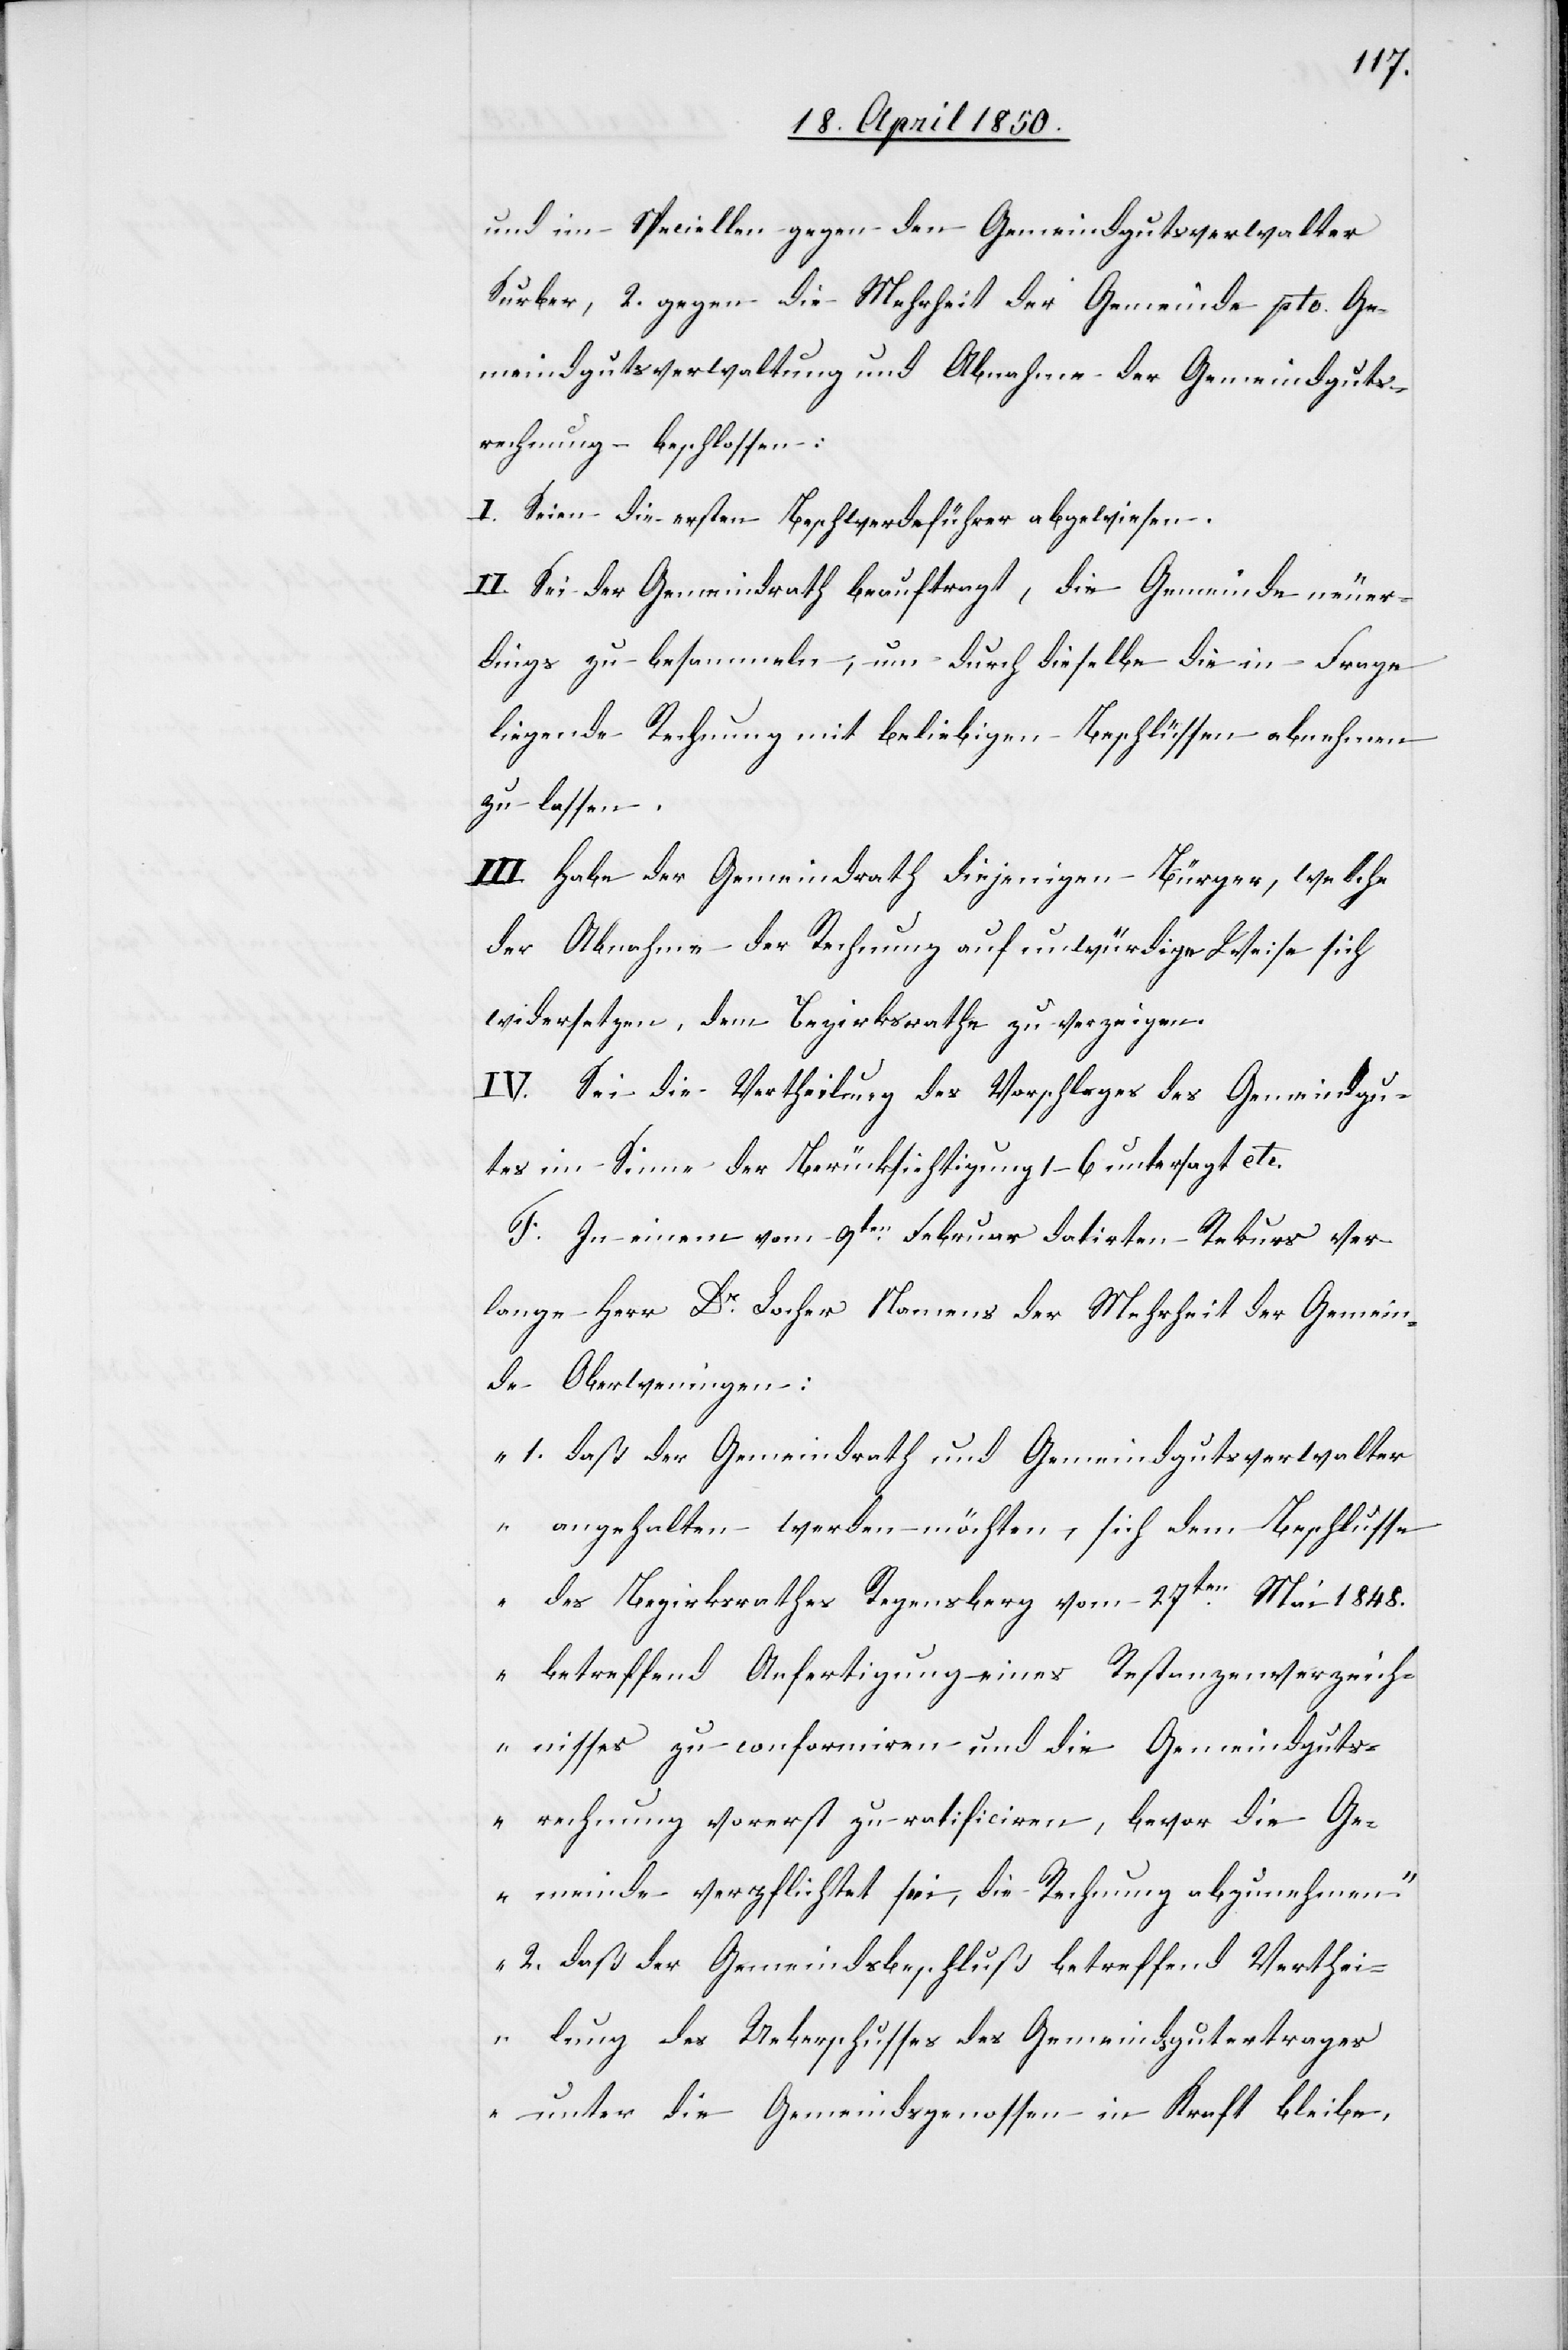
und im Speciellen gegen den Gemeindgutsverwalter
Surber, 2. gegen die Mehrheit der Gemeinde pto. Ge¬
meindgutsverwaltung und Abnahme der Gemeindguts¬
rechnung – beschlossen:
I. Seien die ersten Beschwerdeführer abgewiesen.
II. Sei der Gemeindrath beauftragt, die Gemeinde neuer¬
dings zu besammeln, um durch dieselbe die in Frage
liegende Rechnung mit beliebigen Beschlüssen abnehmen
zu lassen.
III. Habe der Gemeindrath diejenigen Bürger, welche
der Abnahme der Rechnung auf unwürdige Weise sich
widersetzen, dem Bezirksrathe zu verzeigen.
IV. Sei die Vertheilung des Vorschlages des Gemeindgu¬
tes im Sinne der Berücksichtigung 1–6 untersagt etc.
F. In einem vom 9ten Februar datirten Rekurs ver¬
lange Herr Dr Locher Namens der Mehrheit der Gemein¬
de Oberweningen:
„1. daß der Gemeindrath und Gemeindgutsverwalter
angehalten werden möchten, sich dem Beschlusse
des Bezirksrathes Regensberg vom 27ten Mai 1848.
betreffend Anfertigung eines Restanzenverzeich¬
nisses zu conformiren und die Gemeindguts¬
rechnung vorerst zu ratificiren, bevor die Ge¬
meinde verpflichtet sei, die Rechnung abzunehmen“
„2. daß der Gemeindsbeschluß betreffend Verthei¬
lung des Ueberschusses des Gemeindsgutertrages
unter die Gemeindsgenossen in Kraft bleibe,